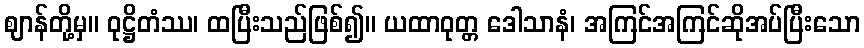
ဈာန်တို့မှ။ ဝုဋ္ဌိတံဿ၊ ထပြီးသည်ဖြစ်၍။ ယထာဝုတ္တ ဒေါသာနံ၊ အကြင်အကြင်ဆိုအပ်ပြီးသော